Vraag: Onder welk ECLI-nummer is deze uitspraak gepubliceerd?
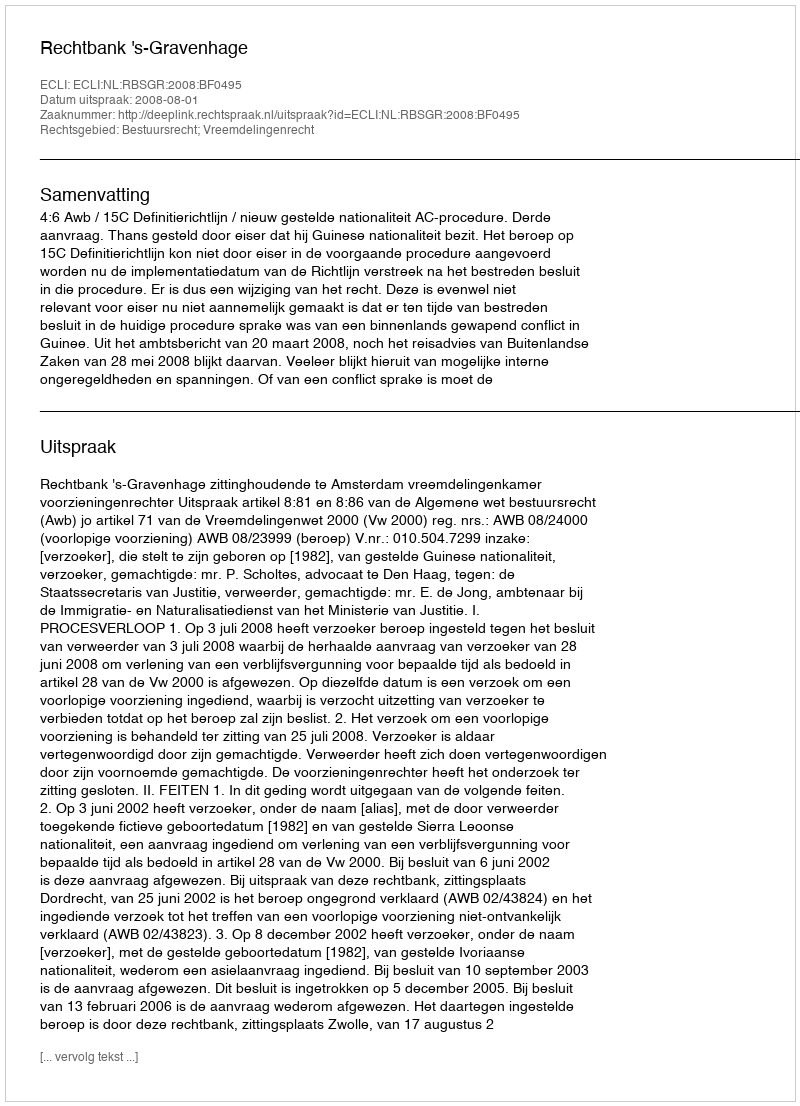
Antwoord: ECLI:NL:RBSGR:2008:BF0495